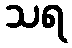
သရ